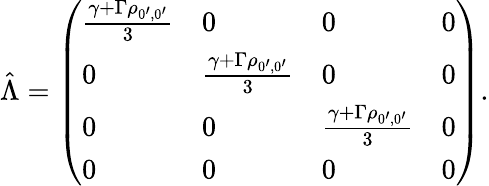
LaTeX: \hat{\Lambda}=\left(\begin{array}{llll}{\frac{\gamma+\Gamma\rho_{0^{\prime},0^{\prime}}}{3}}&{0}&{0}&{0}\\ {0}&{\frac{\gamma+\Gamma\rho_{0^{\prime},0^{\prime}}}{3}}&{0}&{0}\\ {0}&{0}&{\frac{\gamma+\Gamma\rho_{0^{\prime},0^{\prime}}}{3}}&{0}\\ {0}&{0}&{0}&{0}\end{array}\right).